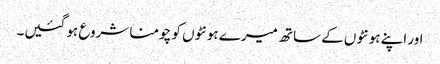
اور اپنے ہونٹوں کے ساتھ میرے ہونٹوں کو چومنا شروع ہو گئیں۔